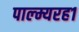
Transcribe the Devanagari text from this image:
पाल्म्यरह१